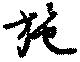
施